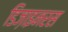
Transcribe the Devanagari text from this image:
डिज़ाइनरस